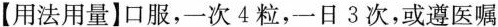
【用法用量】口服，一次4粒，一日3次，或遵医嘱